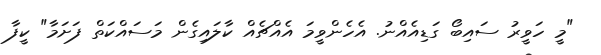
"މީ ހަވީރު ސައިބޯ ގަޑިއެއްނު. އެހެންވީމަ އެއްޗެއް ކާލައިގެން މަސައްކަތް ފަށަމާ" ކީފާ